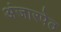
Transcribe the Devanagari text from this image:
अंजारपेठ